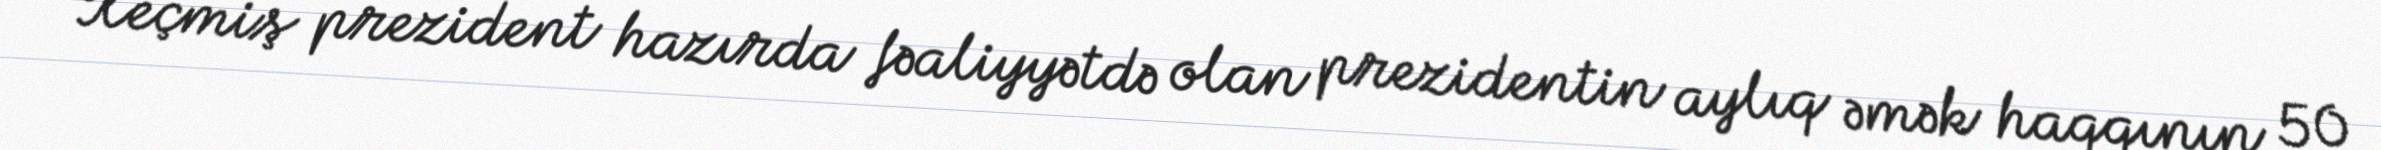
Keçmiş prezident hazırda fəaliyyətdə olan prezidentin aylıq əmək haqqının 50